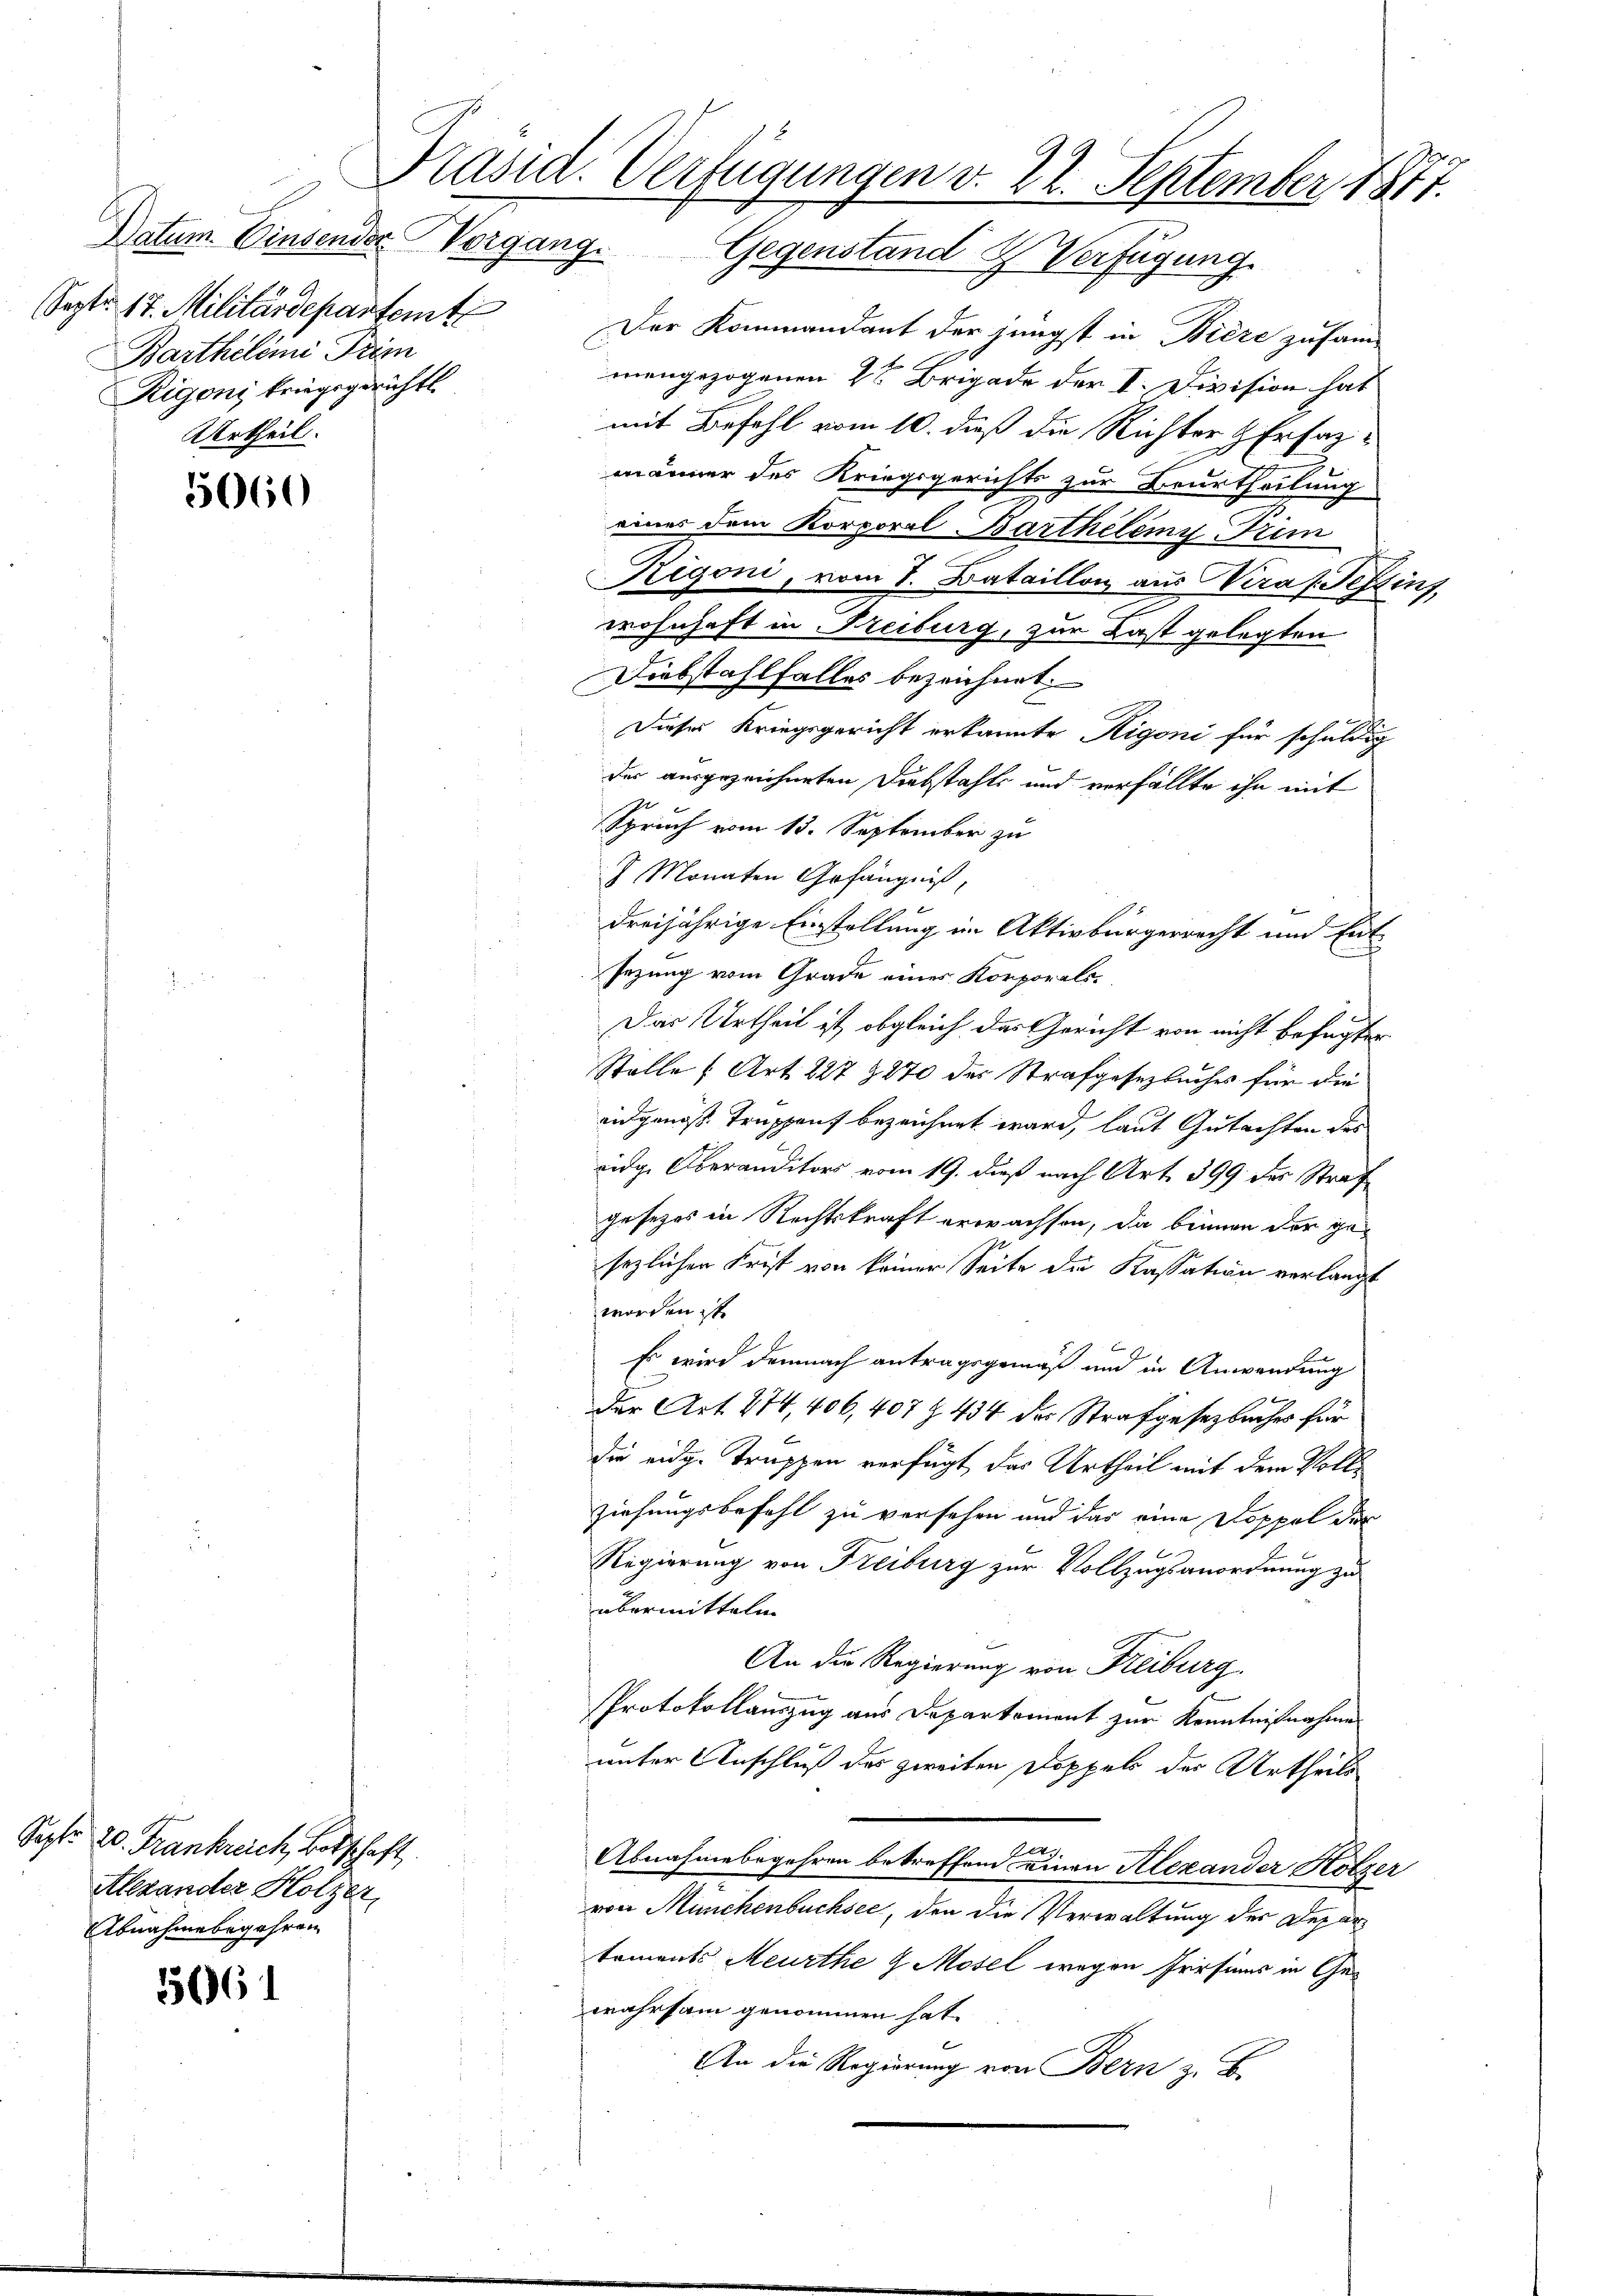
Datum. Einsender Vorgang.
Sept. 17. Militärdepartemt
Barthelmi Prim
Rigoni kriegsgericht.
Urtheil.

5060

Sept. 20. Frankreich, Botschaft
Alexander Holzer,
Abnahme begehren

5661

Präsid. Verfügungen v. 22. September 1871.
Gegenstand & Verfügung

Der Kommandant der jüngst in Biere zusammengezogenen 2 Brigade der I. Division hat
mit Befehl vom 10. dieß die Richter & Erfasmänner des Kriegsgerichts zur Beurtheilung
einer dem Korporal Barthelemy Kum
Rigoni, vom 1. Bataillon aus Kraf Festins
wohnhaft in Freiburg, zur Last gelegten
Diebstahlfalles bezeichnet.
Dieses Kriegsgericht erkannte Rigoni für schuldig
der ausgezeichneten Diebstahls und verfällte ihn mit
1
.
Spruch vom 13. September zu
J Monaten Gefängniß,
dreijährige Einstellung im Aktivbürgerrecht und Ent¬
Jezung vom Grade eines Korporals
Das Urtheil ist, obgleich das Gericht von nicht befugter
Stelle (Art. 227 2270 der Strafgesetzbuches für die
eidgenoß Truppant bezeichnet ward, laut Gutachten des
eidge Oberanditors vom 19. dieß nach Art. 399 des Straf
gesetzes in Rechtskraft erwachsen, da beimen der gesezlichen Frist von keiner Seite die Kassation verlangt
worden ist.
Es wird demnach antragsgemäß und in Anwendung
der Art. 274, 406, 407 Z. 434 des Strafgesetzbuches für
die eidge Truppen verfügt das Urtheil mit dem Vollziehungsbefehl zu versehen und das eine Doppel der
e
Regierung von Freiburg zur Vollzugsanordnung zu
übermitteln
An die Regierung von Freiburg.
Protokollauszug aus Departement zur Kenntnißnahme
unter Anschluß des zweiten Doppel der Urtheils
n
Abnahmebegehren betreffend einen Alexander Holzer
von Münchenbuchsee, den die Verwaltung der Departements Meurthe & Mosel wegen Presinns in Gewahrsam genommen hat.
An die Regierung von Bern z. F